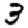
Digit: 3